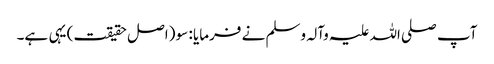
آپ صلی اللہ علیہ وآلہ وسلم نے فرمایا : سو (اصل حقیقت) یہی ہے۔